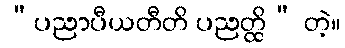
“ပညာပီယတီတိ ပညတ္ထိ” တဲ့။